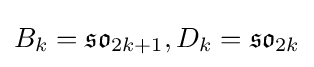
B_{k}={\mathfrak {so}}_{2k+1},D_{k}={\mathfrak {so}}_{2k}